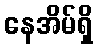
နေအိမ်ရှိ